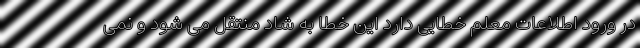
در ورود اطلاعات معلم خطایی دارد این خطا به شاد منتقل می شود و نمی